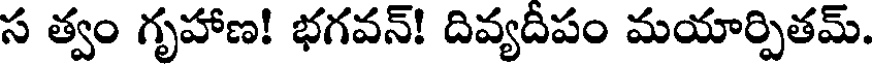
స త్వం గృహాణ! భగవన్! దివ్యదీపం మయార్పితమ్.